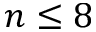
n \leq 8